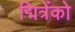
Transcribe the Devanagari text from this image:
द्मित्रेंको